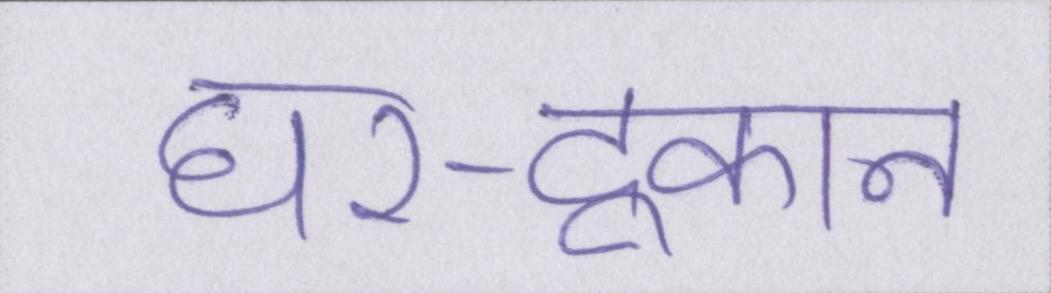
घर-दूकान